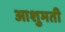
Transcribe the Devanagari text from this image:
आशुमती